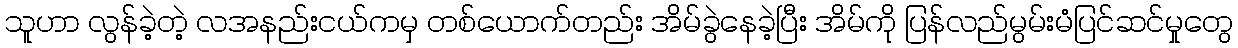
သူဟာ လွန်ခဲ့တဲ့ လအနည်းငယ်ကမှ တစ်ယောက်တည်း အိမ်ခွဲနေခဲ့ပြီး အိမ်ကို ပြန်လည်မွမ်းမံပြင်ဆင်မှုတွေ